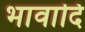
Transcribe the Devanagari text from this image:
भावादि